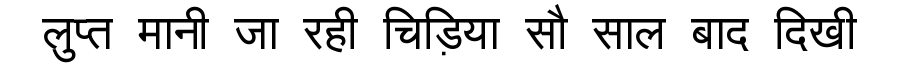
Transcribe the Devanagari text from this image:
लुप्त मानी जा रही चिड़िया सौ साल बाद दिखी